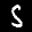
Label: 5